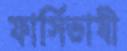
ফার্সিভাষী